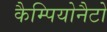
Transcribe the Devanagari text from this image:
कैम्पियोनैटो